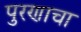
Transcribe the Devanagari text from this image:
पुरणाचा